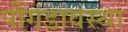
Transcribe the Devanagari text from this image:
पौंगंडावस्था